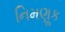
નિમણૂક